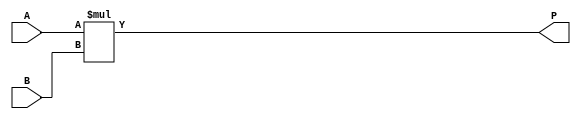
module ParameterizedMultiplier #(
    parameter A_WIDTH = 8,  // Bit-width of input A
    parameter B_WIDTH = 8   // Bit-width of input B
)(
    input  wire [A_WIDTH-1:0] A,  // Input operand A
    input  wire [B_WIDTH-1:0] B,  // Input operand B
    output wire [A_WIDTH+B_WIDTH-1:0] P  // Output product
);

    // Behavioral description of multiplication
    assign P = A * B;

endmodule